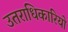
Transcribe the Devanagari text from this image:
उतराधिकारियो